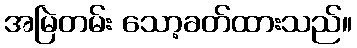
အမြဲတမ်း သော့ခတ်ထားသည်။